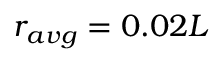
r _ { a v g } = 0 . 0 2 L